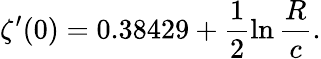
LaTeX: \zeta^{\prime}(0)=0.38429+\frac{1}{2}\ln\frac{R}{c}.